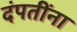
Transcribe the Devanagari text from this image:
दंपतींना